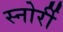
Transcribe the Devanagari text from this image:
स्नोर्री